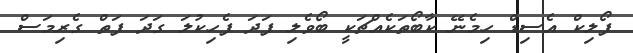
ފޯލިކް އެސިޑް ހިމެނޭ ކާބޯތަކެއްޗަކީ ބޯވެލި ފަދަ ފެހިކުލަ ގަދަ ފަތް ގެރިމަސް